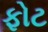
ફોટ